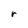
Character: r